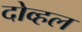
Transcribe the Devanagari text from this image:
दोव्हल